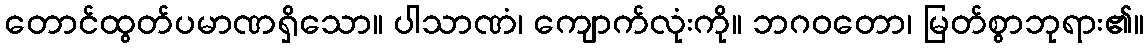
တောင်ထွတ်ပမာဏရှိသော။ ပါသာဏံ၊ ကျောက်လုံးကို။ ဘဂဝတော၊ မြတ်စွာဘုရား၏။